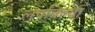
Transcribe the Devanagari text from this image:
लपविल्या